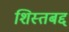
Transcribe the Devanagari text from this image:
शिस्तबद्द